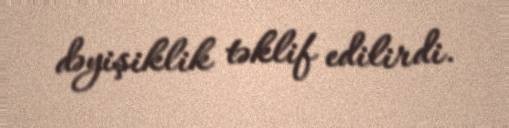
dəyişiklik təklif edilirdi.